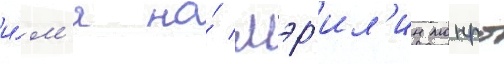
и́м'я на́ мэр'ил'ин монро